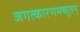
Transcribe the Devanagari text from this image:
जगत्कारणमच्युतम्